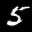
Label: 5